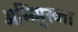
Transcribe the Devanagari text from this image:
अभिमुख्ता